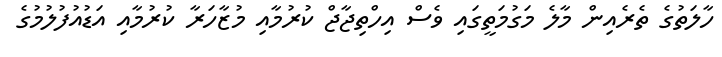
ހާލަތުގެ ތެރެއިން މާލެ މަގުމަތީގައި ވެސް އިހްތިޖާޖް ކުރުމާއި މުޒާހަރާ ކުރުމާއި އަޑުއުފުލުމުގެ